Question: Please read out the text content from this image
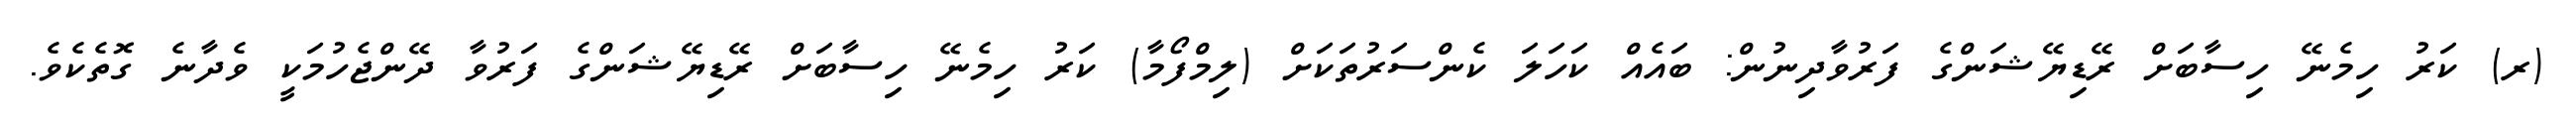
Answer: (ރ) ކަރު ހިމެނޭ ހިސާބަށް ރޭޑިޔޭޝަންގެ ފަރުވާދިނުން: ބައެއް ކަހަލަ ކެންސަރުތަކަށް (ލިމްފޯމާ) ކަރު ހިމެނޭ ހިސާބަށް ރޭޑިޔޭޝަންގެ ފަރުވާ ދޭންޖެހުމަކީ ވެދާނެ ގޮތެކެވެ.